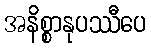
အနိစ္စာနုပဿီပေ